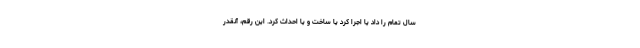
سال تمام را داد یا اجرا کرد یا ساخت و یا احداث کرد. این رقم، آنقدر